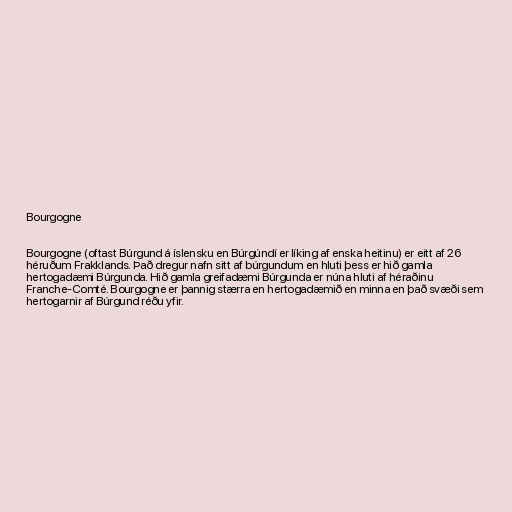
Bourgogne

Bourgogne (oftast Búrgund á íslensku en Búrgúndí er líking af enska heitinu) er eitt af 26
héruðum Frakklands. Það dregur nafn sitt af búrgundum en hluti þess er hið gamla
hertogadæmi Búrgunda. Hið gamla greifadæmi Búrgunda er núna hluti af héraðinu
Franche-Comté. Bourgogne er þannig stærra en hertogadæmið en minna en það svæði sem
hertogarnir af Búrgund réðu yfir.